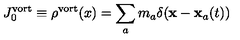
J _ { 0 } ^ { \mathrm { v o r t } } \equiv \rho ^ { \mathrm { v o r t } } ( x ) = \sum _ { a } m _ { a } \delta ( { \bf x - x } _ { a } ( t ) )